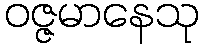
ဝဇ္ဇမာနေသု